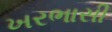
ખરભાસી